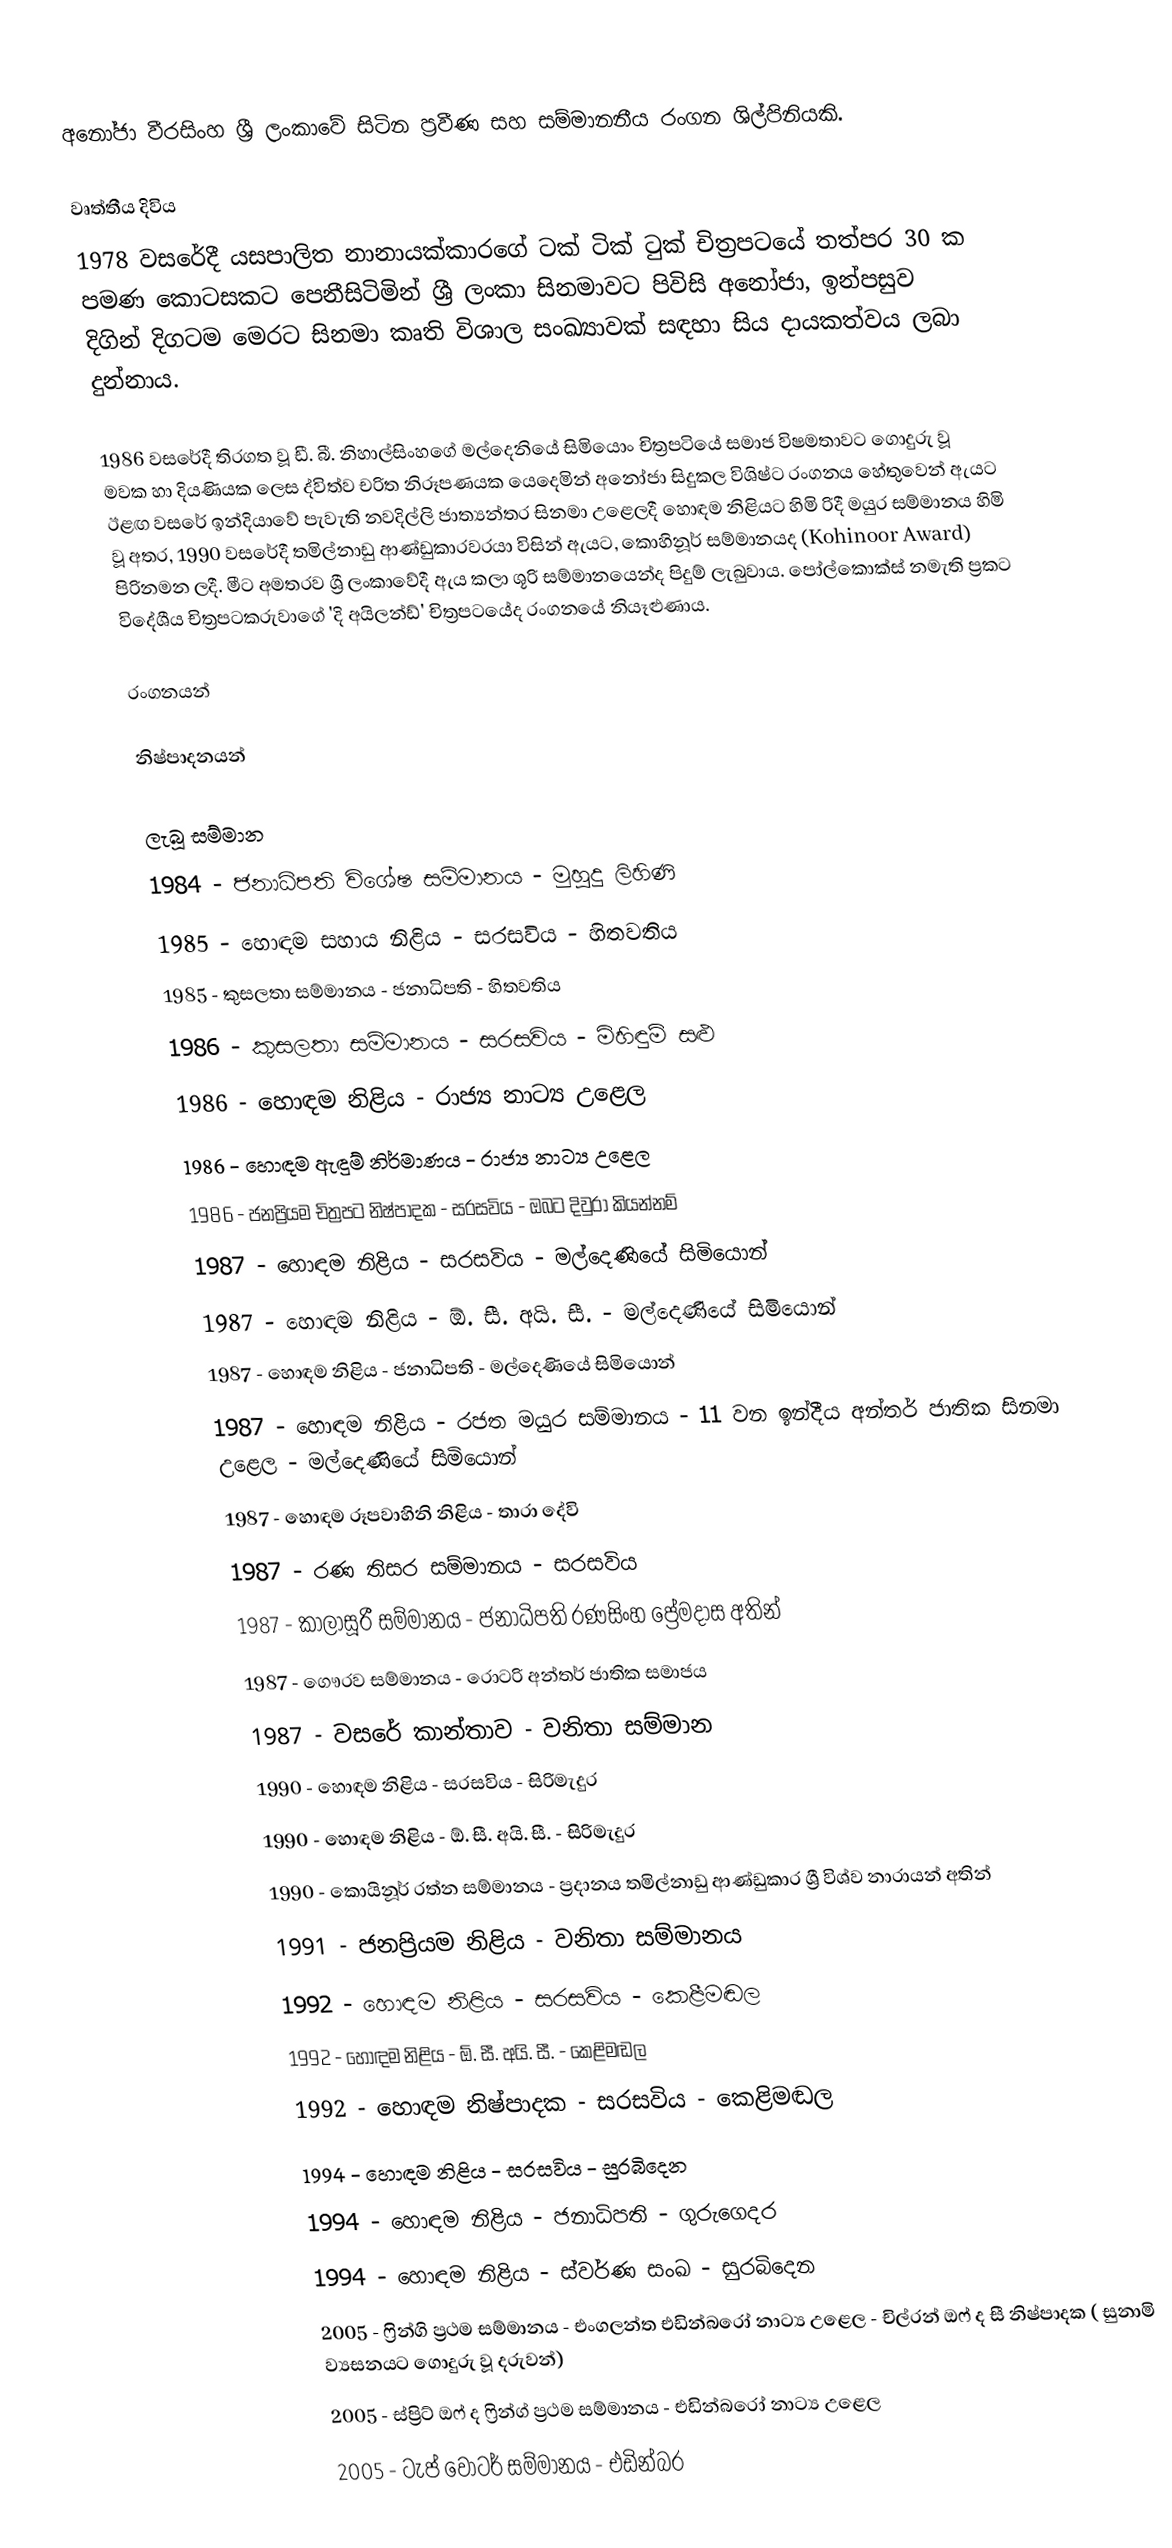
අනෝජා වීරසිංහ  ශ්‍රී ලංකාවේ සිටින ප්‍රවීණ සහ සම්මානනීය රංගන ශිල්පිනියකි.

වෘත්තීය දිවිය
1978 වසරේදී යසපාලිත නානායක්කාරගේ ටක් ටික් ටුක් චිත්‍රපටයේ තත්පර 30 ක පමණ කොටසකට පෙනීසිටිමින් ශ්‍රී ලංකා සිනමාවට පිවිසි අනෝජා, ඉන්පසුව දිගින් දිගටම මෙරට සිනමා කෘති විශාල සංඛ්‍යාවක් සඳහා සිය දායකත්වය ලබා දුන්නාය.

1986 වසරේදී තිරගත වූ ඩී. බී. නිහාල්සිංහගේ මල්දෙනියේ සිමියොං චිත්‍රපටියේ සමාජ විෂමතාවට ගොදුරු වූ මවක හා දියණියක ලෙස ද්විත්ව චරිත නිරූපණයක යෙදෙමින් අනෝජා සිදුකල විශිෂ්ට රංගනය හේතුවෙන් ඇයට ඊළඟ වසරේ ඉන්දියාවේ පැවැති නවදිල්ලි ජාත්‍යන්තර සිනමා උළෙලදී හොඳම නිළියට හිමි රිදී මයුර සම්මානය හිමි වූ අතර, 1990 වසරේදී තමිල්නාඩු ආණ්ඩුකාරවරයා විසින් ඇයට, කොහිනූර් සම්මානයද (Kohinoor Award) පිරිනමන ලදී. මීට අමතරව ශ්‍රී ලංකාවේදී ඇය කලා ශූරි සම්මානයෙන්ද පිදුම් ලැබුවාය. පෝල්කොක්‌ස්‌ නමැති ප්‍රකට විදේශීය චිත්‍රපටකරුවාගේ 'දි අයිලන්ඩ්' චිත්‍රපටයේද රංගනයේ නියෑළුණාය.

රංගනයන්

නිෂ්පාදනයන්

ලැබූ සම්මාන
 1984 - ජනාධිපති විශේෂ සම්මානය - මුහුදු ලිහිණි
 1985 - හොඳම සහාය නිළිය - සරසවිය - හිතවතිය
 1985 - කුසලතා සම්මානය - ජනාධිපති - හිතවතිය
 1986 - කුසලතා සම්මානය - සරසවිය - මිහිඳුම් සළු
 1986 - හොඳම නිළිය -  රාජ්‍ය නාට්‍ය උළෙල
 1986 - හොඳම ඇඳුම් නිර්මාණය -  රාජ්‍ය නාට්‍ය උළෙල
 1986 - ජනප්‍රියම චිත්‍රපට නිෂ්පාදක -  සරසවිය - ඔබට දිවුරා කියන්නම්
 1987 - හොඳම නිළිය - සරසවිය - මල්දෙණියේ සිමියොන්
 1987 - හොඳම නිළිය  - ඕ. සී. අයි. සී. - මල්දෙණියේ සිමියොන්
 1987 - හොඳම නිළිය - ජනාධිපති - මල්දෙණියේ සිමියොන්
 1987 - හොඳම නිළිය -  රජත මයුර සම්මානය - 11 වන ඉන්දීය අන්තර් ජාතික සිනමා උළෙල - මල්දෙණියේ සිමියොන්
 1987 - හොඳම රූපවාහිනි නිළිය - තාරා දේවි
 1987 - රණ තිසර සම්මානය - සරසවිය
 1987 - කාලාසූරී සම්මානය - ජනාධිපති රණසිංහ ප්‍රේමදාස අතින්
 1987 - ගෞරව සම්මානය - රොටරි අන්තර් ජාතික සමාජය
 1987 - වසරේ කාන්තාව - වනිතා සම්මාන
 1990 - හොඳම නිළිය -  සරසවිය - සිරිමැදුර
 1990 - හොඳම නිළිය - ඕ. සී. අයි. සී. - සිරිමැදුර
 1990 - කොයිනූර් රත්න සම්මානය - ප්‍රදානය තමිල්නාඩු ආණ්ඩුකාර ශ්‍රී විශ්ව නාරායන් අතින්
 1991 - ජනප්‍රියම නිළිය - වනිතා සම්මානය
 1992 - හොඳම නිළිය - සරසවිය - කෙළීමඬල
 1992 - හොඳම නිළිය - ඕ. සී. අයි. සී. - කෙළිමඬල
 1992 - හොඳම නිෂ්පාදක - සරසවිය - කෙළිමඬල
 1994 - හොඳම නිළිය - සරසවිය - සුරබිදෙන
 1994 - හොඳම නිළිය - ජනාධිපති - ගුරුගෙදර
 1994 - හොඳම නිළිය - ස්වර්ණ සංඛ - සුරබිදෙන
 2005 - ෆ්‍රින්ගි ප්‍රථම සම්මානය - එංගලන්ත එඩින්බරෝ නාට්‍ය උළෙල - චිල්රන් ඔෆ් ද සී නිෂ්පාදක ( සුනාමි ව්‍යසනයට ගොදුරු වූ දරුවන්)
 2005 - ස්ප්‍රිට් ඔෆ් ද ෆ්‍රින්ග් ප්‍රථම සම්මානය -  එඩින්බරෝ නාට්‍ය උළෙල
 2005 - ටැප් වෝටර් සම්මානය - එඩින්බර